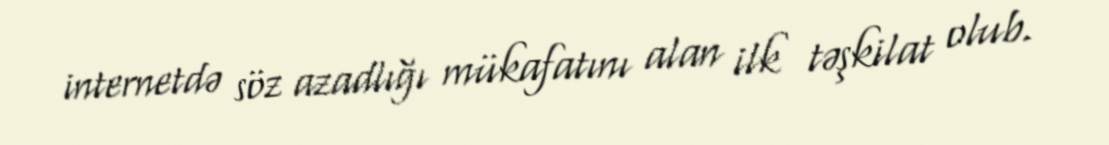
internetdə söz azadlığı mükafatını alan ilk təşkilat olub.